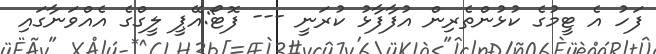
ފަހު އެ ޓީމުގެ ކުޅުންތެރިން އުފާފާޅު ކުރަނީ --- ފޮޓޯ:އޭޕީ ލީގްގެ އެއްވަނާގައި